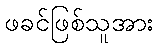
ဖခင်ဖြစ်သူအား